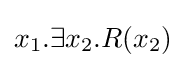
x_{1}.\exists x_{2}.R(x_{2})